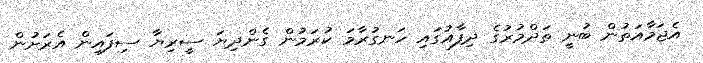
އެޖަމާއަތުން ބުނީ ތަދްމުރުގެ ދިފާއުގައި ހަނގުރާމަ ކުރަމުން ގެންދިޔަ ސީރިޔާ ސިފައިން އެރަށުން